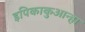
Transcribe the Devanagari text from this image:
इपिकाकुआन्हा